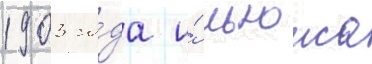
1903 го́да и́ льюиса